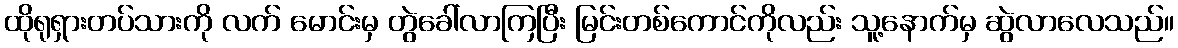
ထိုရုရှားတပ်သားကို လက် မောင်းမှ တွဲခေါ်လာကြပြီး မြင်းတစ်ကောင်ကိုလည်း သူ့နောက်မှ ဆွဲလာလေသည်။